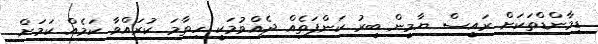
ޑިމާންޑްތަކަށް ރައީސް ޔާމީން ބީރު ކަންފަތެއް ދެއްވުމަކީ ހިތާމަ ކުރައްވާ ކަމެއް ކަމަށް